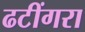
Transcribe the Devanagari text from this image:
ढटींगरा